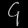
Digit: ၄